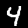
Digit: 4